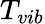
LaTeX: T_{vib}